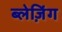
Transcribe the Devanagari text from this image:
ब्लेज़िंग